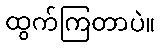
ထွက်ကြတာပဲ။